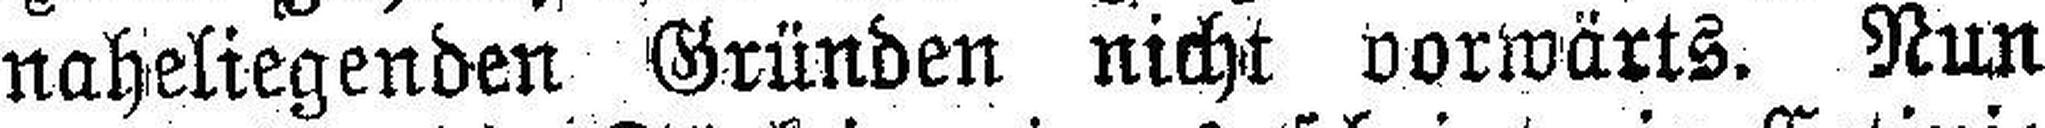
naheliegenden Gründen nicht vorwärts. Nun